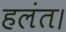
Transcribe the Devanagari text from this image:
हलंत।